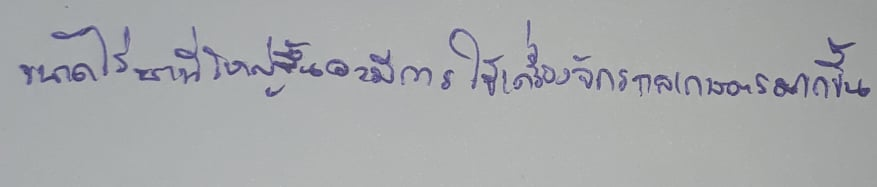
ขนาดไร่นาที่ใหญ่ขึ้นจะมีการใช้เครื่องจักรกลเกษตรมากขึ้น